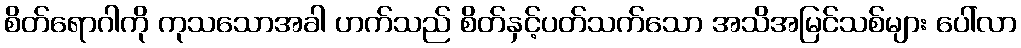
စိတ်ရောဂါကို ကုသသောအခါ ဟက်သည် စိတ်နှင့်ပတ်သက်သော အသိအမြင်သစ်များ ပေါ်လာ